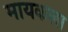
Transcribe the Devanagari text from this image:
मायकला